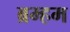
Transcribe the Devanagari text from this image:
ब्रम्हम